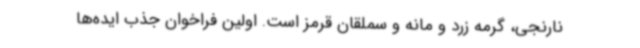
نارنجی، گرمه زرد و مانه و سملقان قرمز است. اولین فراخوان جذب ایده‌ها